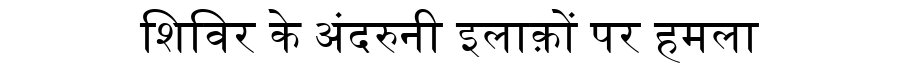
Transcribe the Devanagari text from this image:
शिविर के अंदरुनी इलाक़ों पर हमला